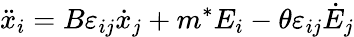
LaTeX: \ddot{x}_{i}=B\varepsilon_{ij}\dot{x}_{j}+m^{*}E_{i}-\theta\varepsilon_{ij}\dot{E}_{j}